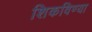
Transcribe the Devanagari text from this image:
शिकविण्या